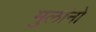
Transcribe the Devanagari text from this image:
मुलांनो